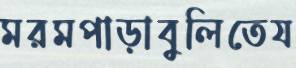
মরমপাড়াবুলিতেয